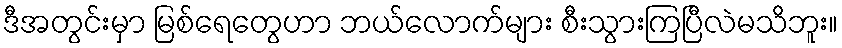
ဒီအတွင်းမှာ မြစ်ရေတွေဟာ ဘယ်လောက်များ စီးသွားကြပြီလဲမသိဘူး။